画像に写った文字を読んでください
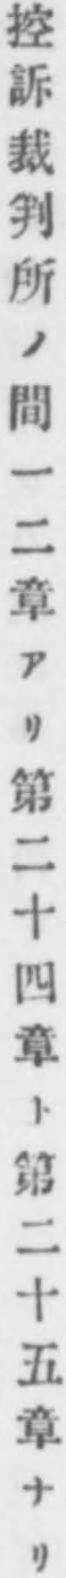
「控訴裁判所ノ間一二章アリ第二十四章ト第二十五章ナリ」と書いてあります